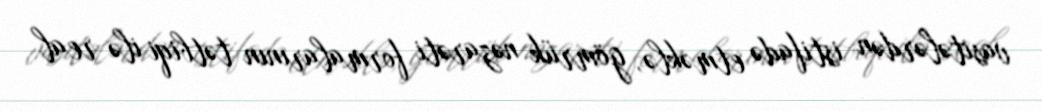
vasitələrdən istifadə etməklə, gömrük nəzarəti formalarının tətbiqi ilə real